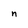
Character: n